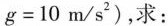
g = 1 0 m / ^{2} )$$，求：